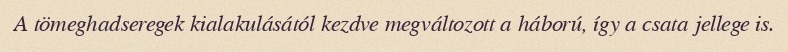
A tömeghadseregek kialakulásától kezdve megváltozott a háború, így a csata jellege is.